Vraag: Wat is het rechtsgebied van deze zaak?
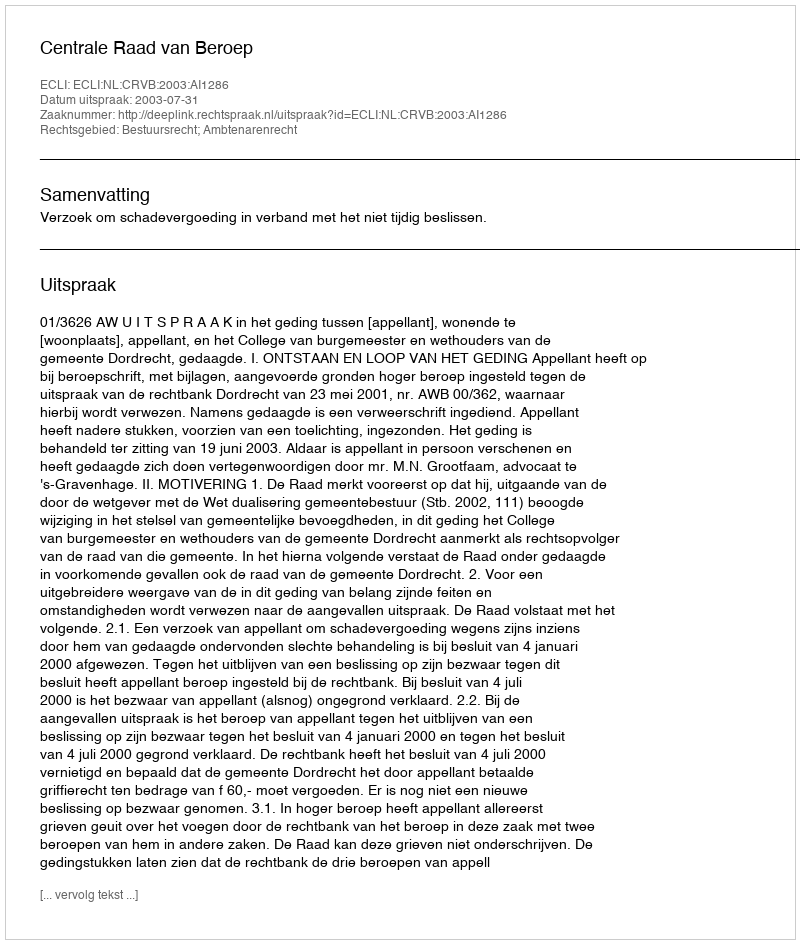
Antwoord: Bestuursrecht; Ambtenarenrecht